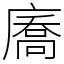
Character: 㢗